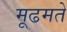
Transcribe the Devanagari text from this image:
मूढमते